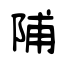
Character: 陠